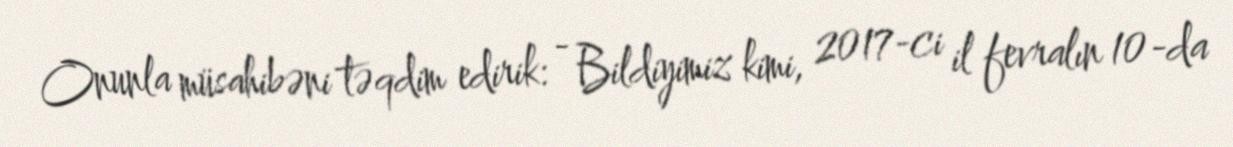
Onunla müsahibəni təqdim edirik: - Bildiyimiz kimi, 2017-ci il fevralın 10-da